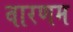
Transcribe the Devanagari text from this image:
वारणम